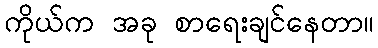
ကိုယ်က အခု စာရေးချင်နေတာ။